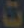
ت